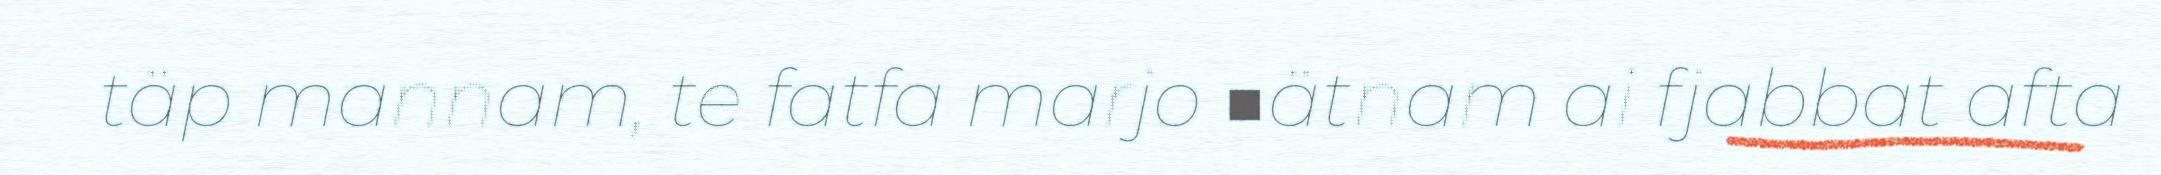
täp mannam, te fatfa marjo ■ätnam ai fjabbat afta